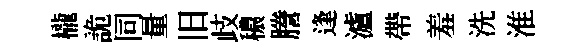
櫳詭同量旧歧穠謄逢瀘帶羞洗淮